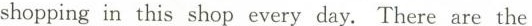
shopping in this shop every day. There are the